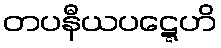
တပနီယပဋ္ဋေဟိ